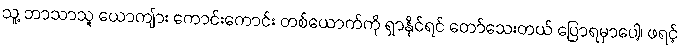
သူ့ ဘာသာသူ ယောကျ်ား ကောင်းကောင်း တစ်ယောက်ကို ရှာနိုင်ရင် တော်သေးတယ် ပြောရမှာပေါ့၊ ဖရင့်